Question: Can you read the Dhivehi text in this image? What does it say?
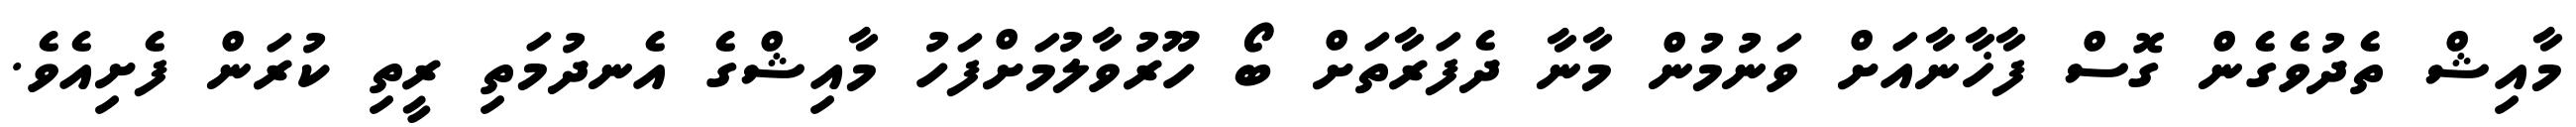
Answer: މާއިޝް ތެދުވެގެން ގޮސް ފާޚާނާއަށް ވަނުމުން މާނާ ދެފަރާތަށް ބޯ ހޫރުވާލުމަށްފަހު މާއިޝްގެ އެނދުމަތި ރީތި ކުރަން ފެށިއެވެ.